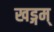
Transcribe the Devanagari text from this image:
खड्गम्